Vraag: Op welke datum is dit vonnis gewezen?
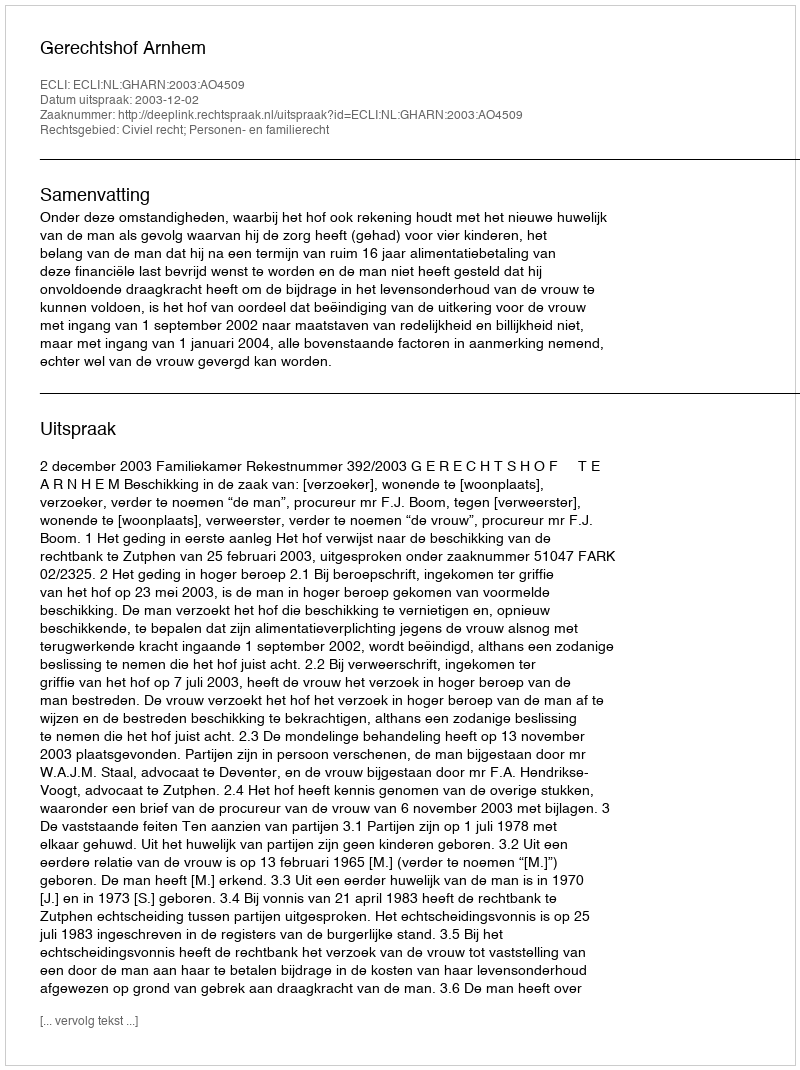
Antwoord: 2003-12-02